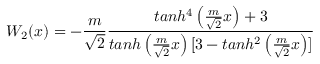
W _ { 2 } ( x ) = - \frac { m } { \sqrt 2 } \frac { t a n h ^ { 4 } \left( \frac { m } { \sqrt 2 } x \right) + 3 } { t a n h \left( \frac { m } { \sqrt 2 } x \right) [ 3 - t a n h ^ { 2 } \left( \frac { m } { \sqrt 2 } x \right) ] }